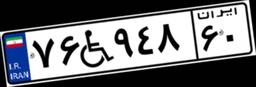
۷۶W۹۴۸۶۰